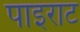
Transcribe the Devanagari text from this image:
पाइराट